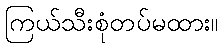
ကြယ်သီးစုံတပ်မထား။